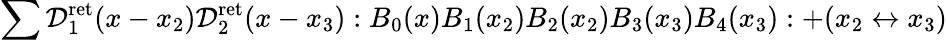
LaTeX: \sum\mathcal{D}_{1}^{\mathrm{ret}}(x-x_{2})\mathcal{D}_{2}^{\mathrm{ret}}(x-x_{3}):B_{0}(x)B_{1}(x_{2})B_{2}(x_{2})B_{3}(x_{3})B_{4}(x_{3}):+(x_{2}\leftrightarrow x_{3})